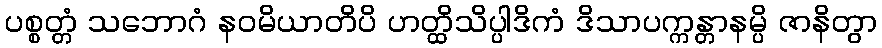
ပစ္စတ္တံ သဘောဂံ နဝမိယာတိပိ ဟတ္ထိသိပ္ပါဒိကံ ဒိသာပက္ကန္တာနမ္ပိ ဇာနိတွာ